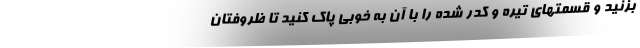
بزنید و قسمتهای تیره و کدر شده را با آن به خوبی پاک کنید تا ظروفتان